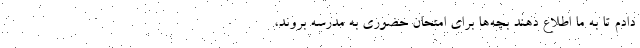
دادم تا به ما اطلاع دهند بچه‌ها برای امتحان حضوری به مدرسه بروند،